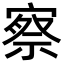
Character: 察